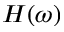
H ( \omega )